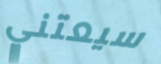
سيعتني